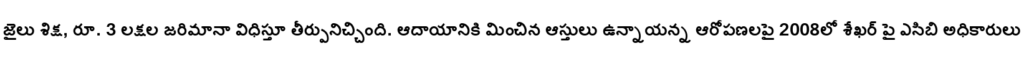
జైలు శిక్ష, రూ. 3 లక్షల జరిమానా విధిస్తూ తీర్పునిచ్చింది. ఆదాయానికి మించిన ఆస్తులు ఉన్నాయన్న ఆరోపణలపై 2008లో శేఖర్ పై ఎసిబి అధికారులు